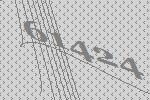
61424